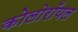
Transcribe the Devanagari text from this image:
कोलोरॉयल